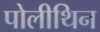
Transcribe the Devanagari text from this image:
पोलीथिन